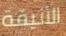
الأنيقة